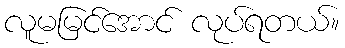
လူမမြင်အောင် လုပ်ရတယ်။